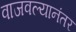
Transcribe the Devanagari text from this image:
वाजवल्यानंतर